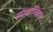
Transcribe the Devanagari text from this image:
संस्थानिकास